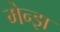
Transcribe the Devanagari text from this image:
मेन्झ